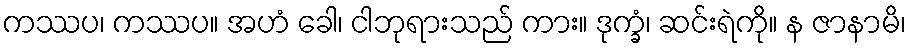
ကဿပ၊ ကဿပ။ အဟံ ခေါ၊ ငါဘုရားသည် ကား။ ဒုက္ခံ၊ ဆင်းရဲကို။ န ဇာနာမိ၊